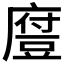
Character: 𫎃